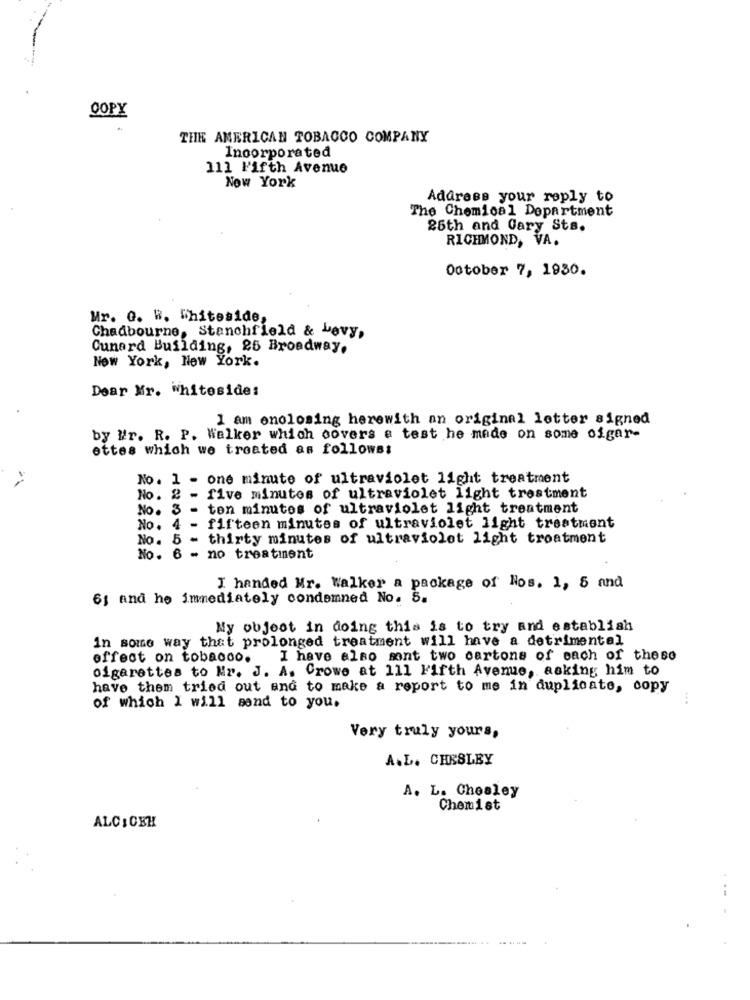
COPY
THE AMERICAN TOBACCO COMPANY
Incorporated
111 Fifth Avenue
Now York
Address your reply to
The Chemical Department
25th and Cary Sts.
RICHMOND, VA.
October 7, 1930.
Mr. G. W. Whiteside,
Chadbourne, Stanchfield & Lavy.
Cunard Building, 25 Broadway.
New York, New York.
Dear Mr. Whiteside:
1 am enclosing herewith an original letter signed
by Mr. R. P. Walker which covers e test he made on some ofgar-
ettes which we treated as followss
No. 1 - one minute of ultraviolet light treatment
No. 2 -
five minutes of ultraviolet light treatment
No. 3 - ten minutes of ultraviolet light treatment
No. 4 - fifteen minutes of ultraviolet light treatment
No. 5 - thirty minutes of ultraviolet light troatment
No. 6 - no treatment
I handed Mr. Walker a package of Nos. 1, 5 and
6; and he immediately condemned No. 5.
My object in doing this is to try and establish
in some way that prolonged treatment will have a detrimental
effect on tobacco.
I have also sont two cartons of each of these
cigarettes to Nr. J. A. Crowe at 111 Fifth Avenue, asking him to
have them tried out and to make a report to me in duplicate, copy
of which I will send to you.
Very truly yours,
A.L. CHESLEY
A. L. Chesley
Chemist
ALC : CBH